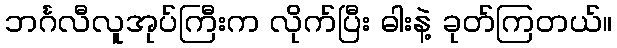
ဘင်္ဂလီလူအုပ်ကြီးက လိုက်ပြီး ဓါးနဲ့ ခုတ်ကြတယ်။